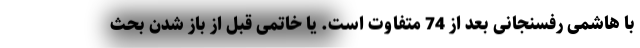
با هاشمی رفسنجانی بعد از 74 متفاوت است. یا خاتمی قبل از باز شدن بحث